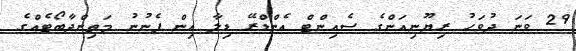
29 ވަނަ ދުވަހު ރިޔޫނިއަންގެ ސެއިންޓް އެންޑްރޭ ޑިލާ އިން ފެނުނު މަތިންދާބޯޓެއްގެ